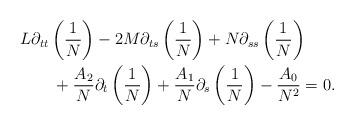
LaTeX: \begin{align*}&L\partial_{tt}\left(\frac1N\right)-2M\partial_{ts}\left (\frac1N\right)+N\partial_{ss}\left(\frac 1N\right)\\&\qquad+\frac{A_{2}}N\partial_t\left(\frac 1N\right)+\frac{A_{1}}N\partial_s\left(\frac1N\right)-\frac{A_0}{N^2}=0.\end{align*}